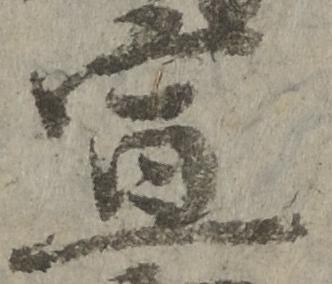
宣